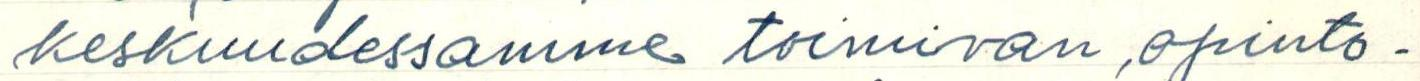
keskuudessamme toimivan opinto-